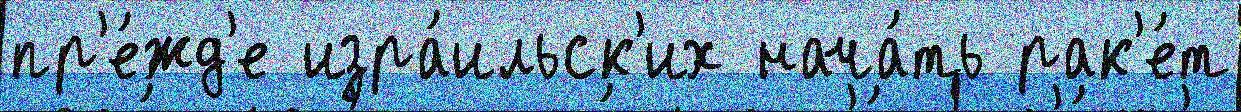
пр'е́жд'е изра́ильск'их нача́ть рак'е́т